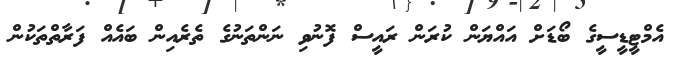
އެމްޓީޑީސީގެ ބޯޑަށް އައްޔަން ކުރަން ރައީސް ފޮނުވި ނަންތަނުގެ ތެރެއިން ބައެއް ފަރާތްތަކުން